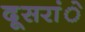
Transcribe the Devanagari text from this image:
दूसरांे